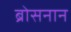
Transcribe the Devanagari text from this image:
ब्रोसनान